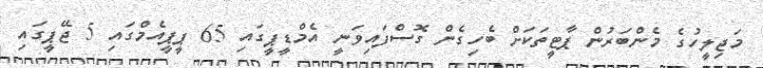
މަޖިލީހުގެ މެންބަރުން ޕާޓީތަކަށް ބެހިގެން ގޮސްފައިވަނީ އެމްޑީޕީގައި 65 ޕީޕީއެމްގައި 5 ޖޭޕީގައި